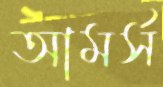
আমর্স